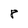
Character: 8